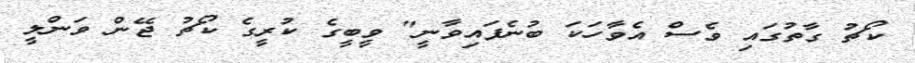
ކޯޗު ގާތުގައި ވެސް އެވާހަކަ ބުނެފައިވާނީ" ވީބީގެ ކުރީގެ ކޯޗު ޖޭން ވަންލީ